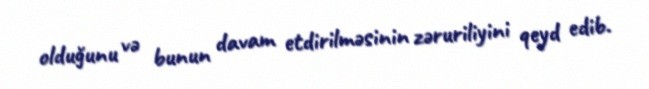
olduğunu və bunun davam etdirilməsinin zəruriliyini qeyd edib.